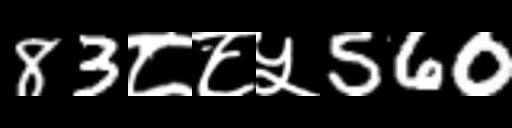
Text: 83८८५560